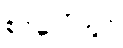
စင်ပေါ်တွင်